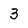
Character: 3